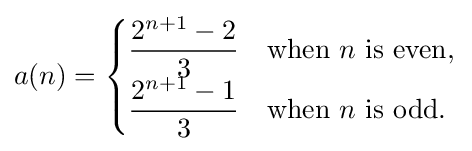
a(n)={\begin{cases}{\dfrac {2^{n+1}-2}{3}}&{\text{when }}n{\text{ is even,}}\\{\dfrac {2^{n+1}-1}{3}}&{\text{when }}n{\text{ is odd.}}\end{cases}}